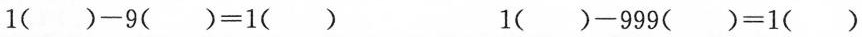
$$1 ( ) - 9 ( ) = 1 ( )$$ $$1 ( ) - 9 9 9 ( ) = 1 ( )$$